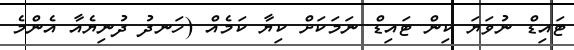
ޓައިޑް ނުވަޔަ ކިން ޓައިޑް ނަމަކަށް ކިޔާ ކަމެއް (ހަނދު ދުނިޔެއާ އެންމެ